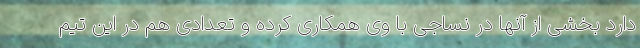
دارد بخشی از آنها در نساجی با وی همکاری کرده و تعدادی هم در این تیم